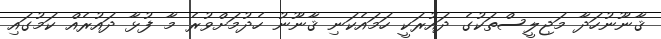
ޤާނޫނުހަދާ މަޖިލީސްތަކުގެ ދައުރަކީ ހަމައެކަނި ޤާނޫނު ހެދުމަށްވުރެ މާ ފުޅާ ދައުރެއް ކަމުގައި